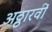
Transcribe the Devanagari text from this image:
अठ्ठारवीं